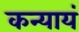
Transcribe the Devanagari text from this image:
कन्यायं